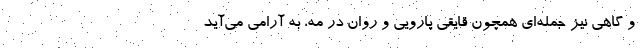
و گاهی نیز جمله‌ای همچون قایقی پارویی و روان در مه، به آرامی می‌آید